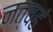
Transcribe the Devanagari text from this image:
नत्वहं